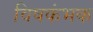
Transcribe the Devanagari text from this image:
विषकंभक